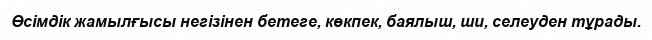
Өсімдік жамылғысы негізінен бетеге, көкпек, баялыш, ши, селеуден тұрады.